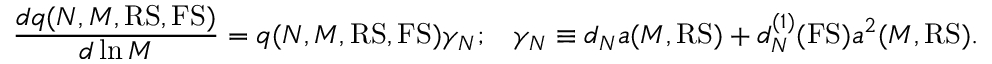
\frac { d q ( N , M , { \mathrm { R S , F S } } ) } { d \ln M } = q ( N , M , { \mathrm { R S , F S } } ) \gamma _ { N } ; \; \; \; \gamma _ { N } \equiv d _ { N } a ( M , { \mathrm { R S } } ) + d _ { N } ^ { ( 1 ) } ( \mathrm { F S } ) a ^ { 2 } ( M , { \mathrm { R S } } ) .